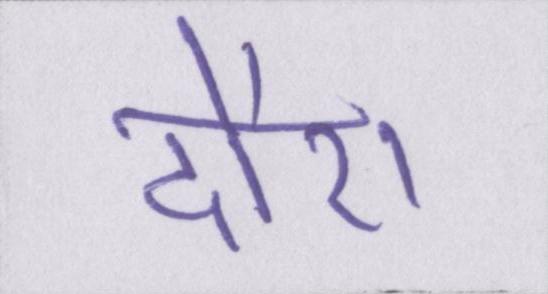
दौरा